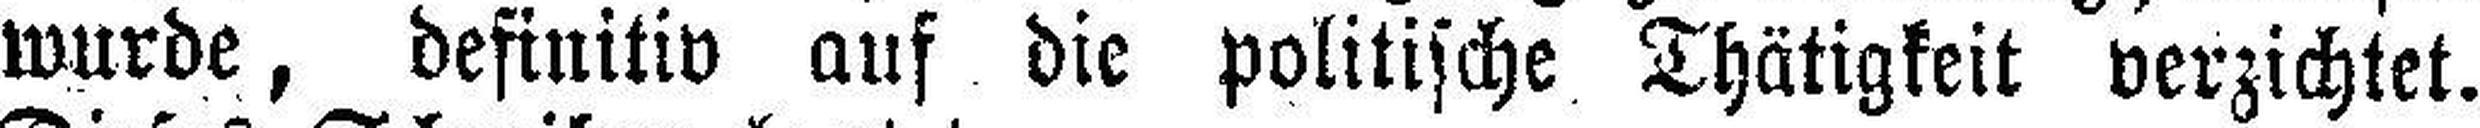
wurde, definitiv auf die politische Thätigkeit verzichtet.